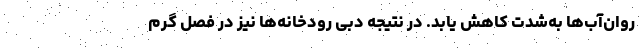
روان‌آب‌ها به‌شدت کاهش یابد. در نتیجه دِبی رودخانه‌ها نیز در فصل گرم